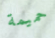
حميمة